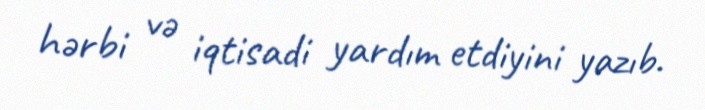
hərbi və iqtisadi yardım etdiyini yazıb.